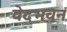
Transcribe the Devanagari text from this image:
वेदभवन